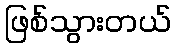
ဖြစ်သွားတယ်